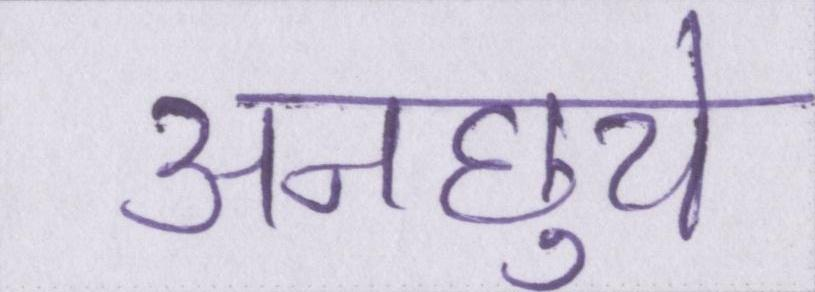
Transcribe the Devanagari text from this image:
अनछुये